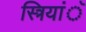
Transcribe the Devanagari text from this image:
स्त्रियांॅ